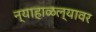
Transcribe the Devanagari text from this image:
न्याहाळल्यावर